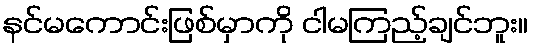
နင်မကောင်းဖြစ်မှာကို ငါမကြည့်ချင်ဘူး။